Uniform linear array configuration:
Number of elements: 64
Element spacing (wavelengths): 0.5
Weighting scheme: uniform
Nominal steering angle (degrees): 30
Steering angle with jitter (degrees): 28.496
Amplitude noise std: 0.05
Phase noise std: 0.05

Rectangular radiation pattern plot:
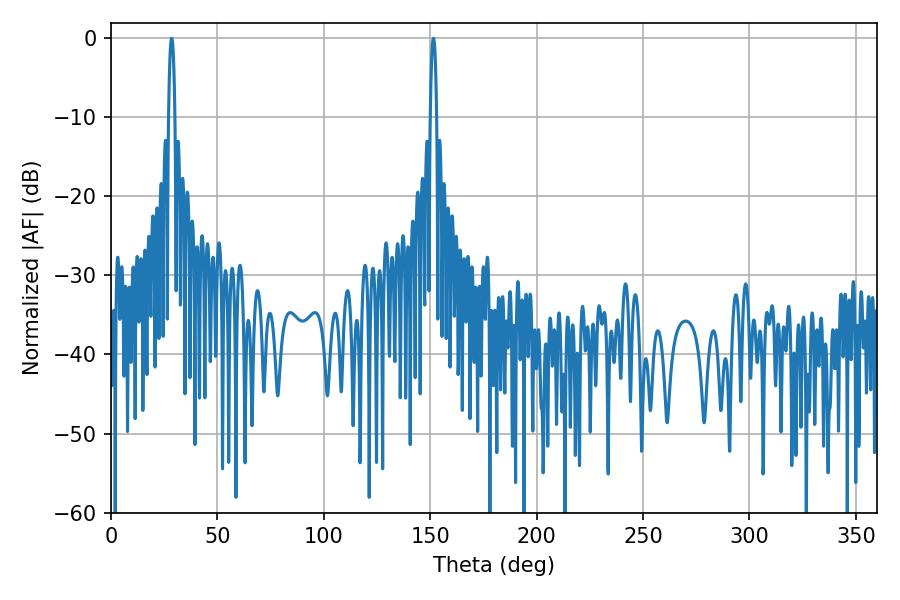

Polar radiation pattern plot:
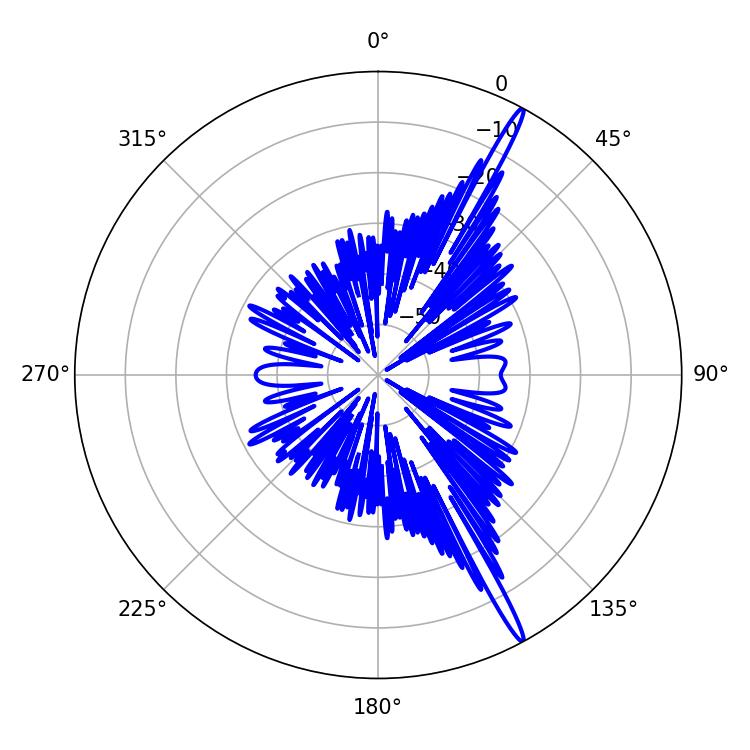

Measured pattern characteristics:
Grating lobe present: FALSE
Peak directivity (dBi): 17.689
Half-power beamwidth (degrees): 1.62
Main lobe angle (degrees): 28.44